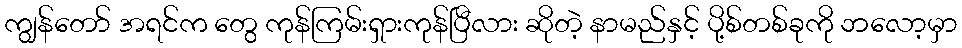
ကျွန်တော် အရင်က တွေ ကုန်ကြမ်းရှားကုန်ပြီလား ဆိုတဲ့ နာမည်နှင့် ပို့စ်တစ်ခုကို ဘလော့မှာ